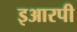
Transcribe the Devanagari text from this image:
इआरपी